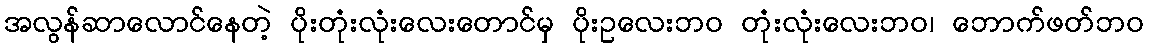
အလွန်ဆာလောင်နေတဲ့ ပိုးတုံးလုံးလေးတောင်မှ ပိုးဥလေးဘဝ တုံးလုံးလေးဘဝ၊ ဘောက်ဖတ်ဘဝ